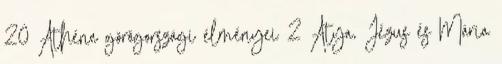
20 Athéna görögországi élményei 2 Atya, Jézus és Mária